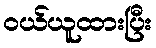
ဝယ်ယူထားပြီး